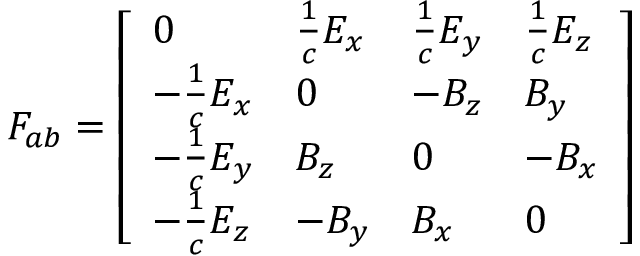
F _ { a b } = { \left[ \begin{array} { l l l l } { 0 } & { { \frac { 1 } { c } } E _ { x } } & { { \frac { 1 } { c } } E _ { y } } & { { \frac { 1 } { c } } E _ { z } } \\ { - { \frac { 1 } { c } } E _ { x } } & { 0 } & { - B _ { z } } & { B _ { y } } \\ { - { \frac { 1 } { c } } E _ { y } } & { B _ { z } } & { 0 } & { - B _ { x } } \\ { - { \frac { 1 } { c } } E _ { z } } & { - B _ { y } } & { B _ { x } } & { 0 } \end{array} \right] }